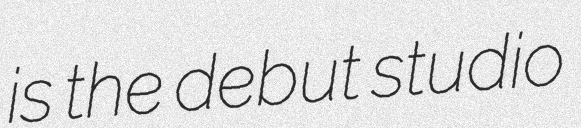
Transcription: is the debut studio